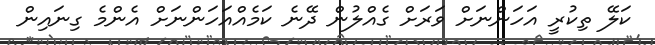
ކަލޭ ތިކުރީ އަހަންނަށް ވަރަށް ގެއްލުން ދޭނެ ކަމެއްއަހަންނަށް އެންމެ ގިނައިން